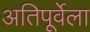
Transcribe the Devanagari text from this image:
अतिपूर्वेला